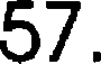
57.